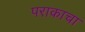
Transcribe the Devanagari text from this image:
पराकाचा